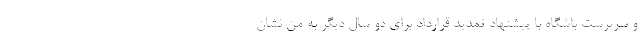
و سرپرست باشگاه با پیشنهاد تمدید قرارداد برای دو سال دیگر به من نشان